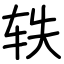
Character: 轶